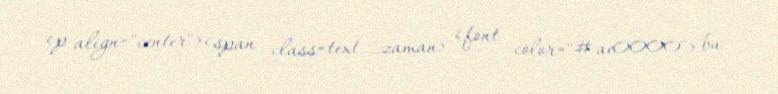
<p align="center"><span class=text_zaman> <font color="#ae0000"> bu